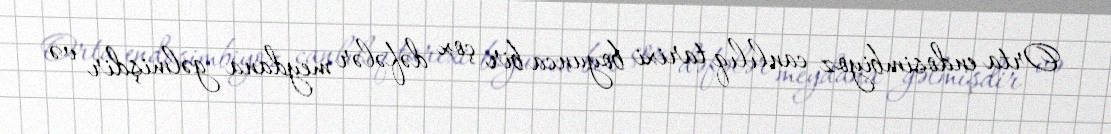
Orta endosimbiyoz canlılıq tarixi boyunca bir çox dəfələr meydana gəlmişdir və